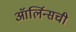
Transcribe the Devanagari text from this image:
ऑर्लिन्सची